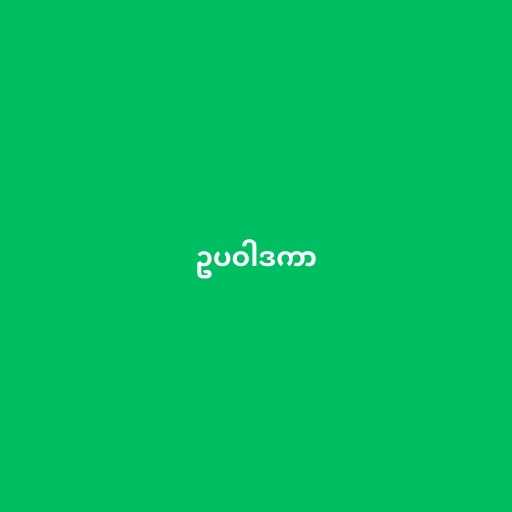
ဥပဝါဒကာ